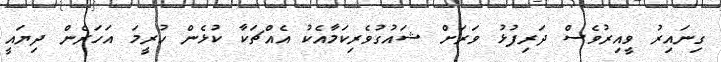
ގިނައިރު ވީއިރުވެސް ދަރިފުޅު ވަރަށް ޝައުގުވެރިކަމާއެކު އެއްޗަކާ ކުޅެން ހުރީމަ އަހަރެން ދިޔައީ